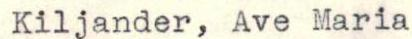
Kiljander, Ave Maria